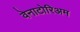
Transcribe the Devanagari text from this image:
वेनाटोरिअम